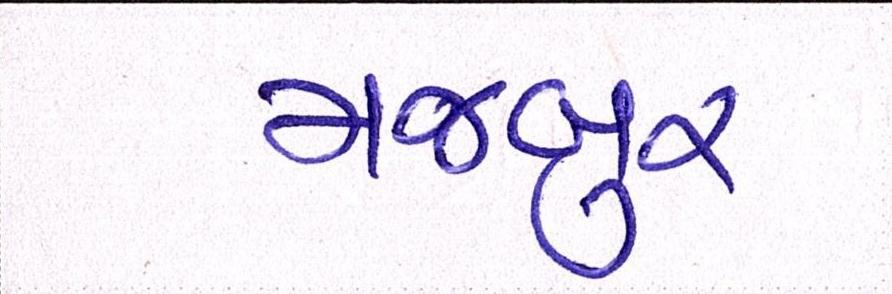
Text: મજબુર